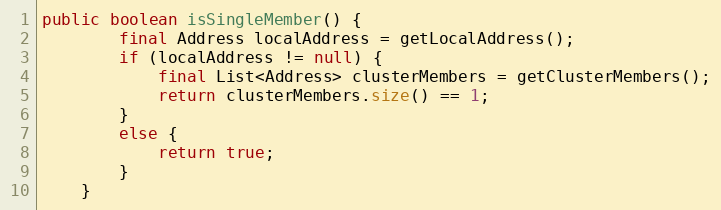
Language: Java
public boolean isSingleMember() {
		final Address localAddress = getLocalAddress();
		if (localAddress != null) {
			final List<Address> clusterMembers = getClusterMembers();
			return clusterMembers.size() == 1;
		}
		else {
			return true;
		}
	}